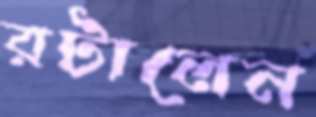
রটালেন